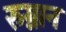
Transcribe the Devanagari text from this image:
रुग्नान